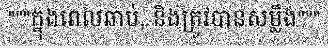
"""ក្នុងពេលឆាប់, និងត្រូវបានសម្លឹង"""